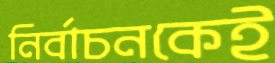
নির্বাচনকেই